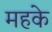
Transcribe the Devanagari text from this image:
महके